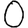
Digit: 0